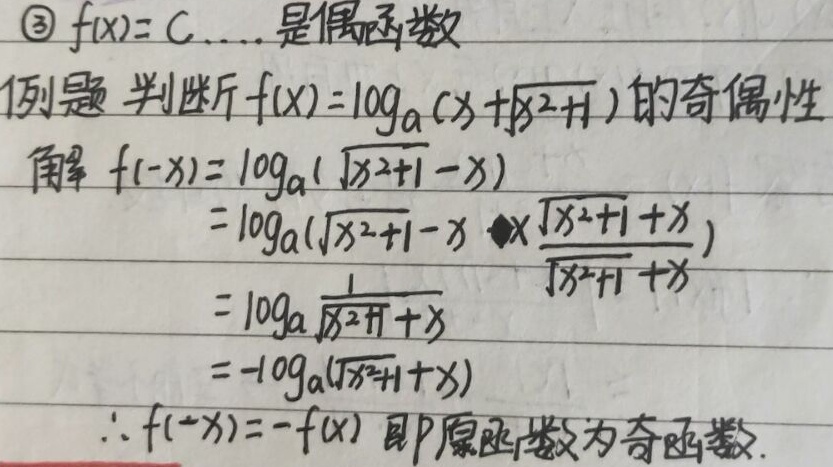
\textcircled{3} \(f(x)=C\ldots\) 是偶函数例题

判断 \(f(x)=\log_{a}(x + \sqrt{x^{2}+1})\) 的奇偶性

解：
\[
\begin{align*}
f(-x)&=\log_{a}(\sqrt{x^{2}+1}-x)\\
&=\log_{a}(\sqrt{x^{2}+1}-x\cdot\frac{\sqrt{x^{2}+1}+x}{\sqrt{x^{2}+1}+x})\\
&=\log_{a}\frac{1}{\sqrt{x^{2}+1}+x}\\
&=-\log_{a}(\sqrt{x^{2}+1}+x)
\end{align*}
\]
\(\therefore f(-x)=-f(x)\)，即原函数为奇函数。